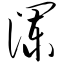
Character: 谰